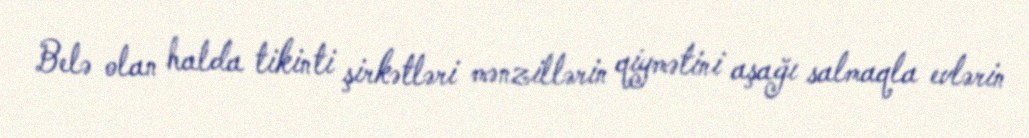
Belə olan halda tikinti şirkətləri mənzillərin qiymətini aşağı salmaqla evlərin